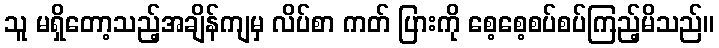
သူ မရှိတော့သည့်အချိန်ကျမှ လိပ်စာ ကတ် ပြားကို စေ့စေ့စပ်စပ်ကြည့်မိသည်။